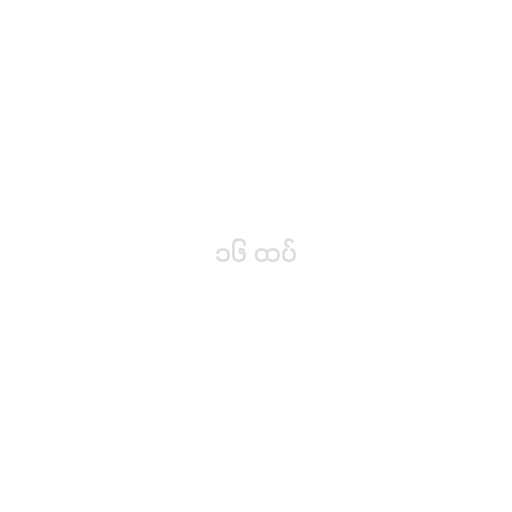
၁၆ ထပ်